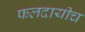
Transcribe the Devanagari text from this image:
फलदायीच